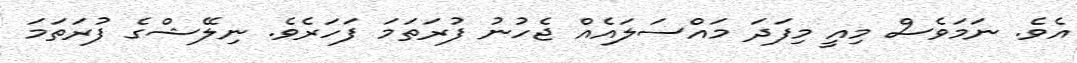
އެވެ. ނަމަވެސް މިއީ މިފަދަ މައްސަލައެއް ޖެހުނު ފުރަތަމަ ފަހަރެވެ. ނިލޭޝްގެ ފުރަތަމަ